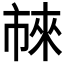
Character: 𬽖